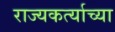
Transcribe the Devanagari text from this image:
राज्यकर्त्याच्या